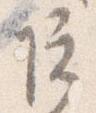
院